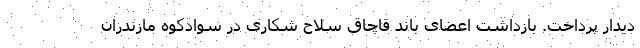
دیدار پرداخت. بازداشت اعضای باند قاچاق سلاح شکاری در سوادکوه مازندران